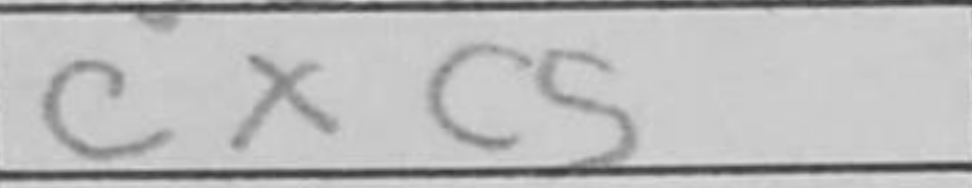
Transcription: cxc5